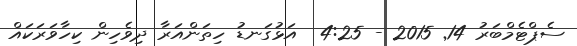
ސެޕްޓެމްބަރު 14